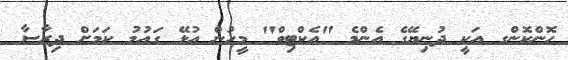
ހޮންކޮންގ އަކީ ދުނިޔޭގެ އެންމެ "އެކްޓިވް" މީހުން އުޅޭ ގައުމު ކަމަށް ދިރާސާ